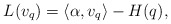
\begin{align*}L(v_q)=\langle \alpha, v_q \rangle - H(q),\end{align*}